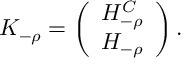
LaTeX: K _ { - \rho } = \left( \begin{array} { c } { { H _ { - \rho } ^ { C } } } \\ { { H _ { - \rho } } } \end{array} \right) .